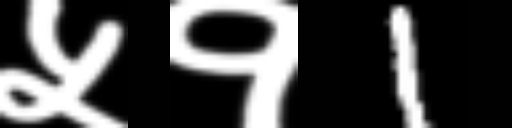
Text: ५१1